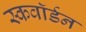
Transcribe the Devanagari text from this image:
स्कवाॅर्डन